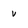
Character: v